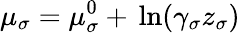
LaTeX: \mu_{\sigma}=\mu_{\sigma}^{0}+\, \ln(\gamma_{\sigma}z_{\sigma})